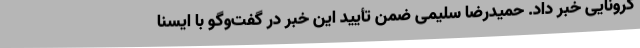
کرونایی خبر داد. حمیدرضا سلیمی ضمن تأیید این خبر در گفت‌وگو با ایسنا